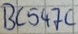
Text: BC547C